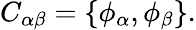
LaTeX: C_{\alpha\beta}=\{ \phi_{\alpha},\phi_{\beta}\} .